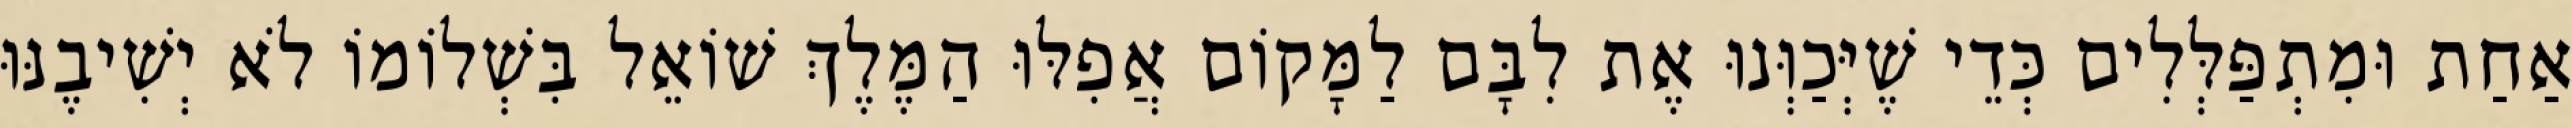
אַחַת וּמִתְפַּלְּלִים כְּדֵי שֶׁיְּכַוְּנוּ אֶת לִבָּם לַמָּקוֹם אֲפִלּוּ הַמֶּלֶךְ שׁוֹאֵל בִּשְׁלוֹמוֹ לֹא יְשִׁיבֶנּוּ